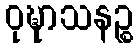
ဝုဍ္ဎာသနဉ္စ